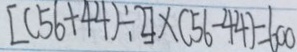
[ ( 5 6 + 4 4 ) \div 2 ] \times ( 5 6 - 4 4 ) = 6 0 0